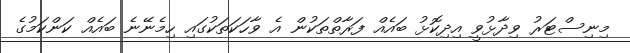
މިނިސްޓަރު ވިދާޅުވީ އިދިކޮޅު ބައެއް ފަރާތްތަކުން އެ ވާހަކަތަކުގައި ހިމެނޭނެ ބައެއް ކަންކަމުގެ